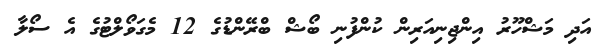
އަދި މަޝްހޫރު އިންޖިނިއަރިން ކުންފުނި ބޯޝް ބްރޭންޑުގެ 12 މެގަވޯލްޓުގެ އެ ސޯލާ